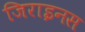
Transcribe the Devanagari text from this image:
जिराइनस